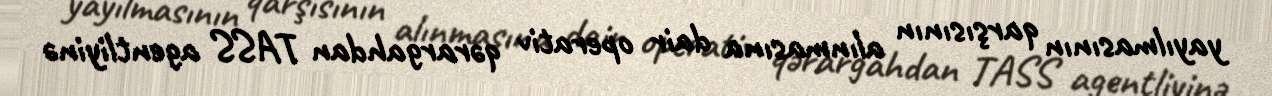
yayılmasının qarşısının alınmasına dair operativ qərargahdan TASS agentliyinə